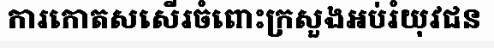
ការកោតសសើរចំពោះក្រសួងអប់រំយុវជន